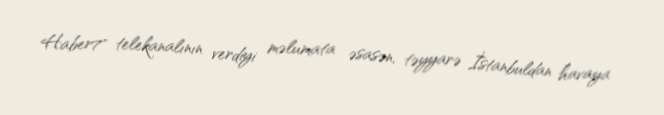
Haber7" telekanalının verdiyi məlumata əsasən, təyyarə İstanbuldan havaya